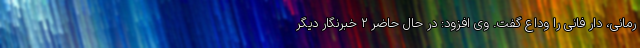
رمانی، دار فانی را وداع گفت. وی افزود: در حال حاضر ۲ خبرنگار دیگر